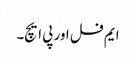
ایم فل اور پی ایچ۔